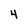
Character: 4